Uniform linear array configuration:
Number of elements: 4
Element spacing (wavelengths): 1
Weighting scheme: cosine
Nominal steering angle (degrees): -15
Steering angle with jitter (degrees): -14.823
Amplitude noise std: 0.05
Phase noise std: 0.05

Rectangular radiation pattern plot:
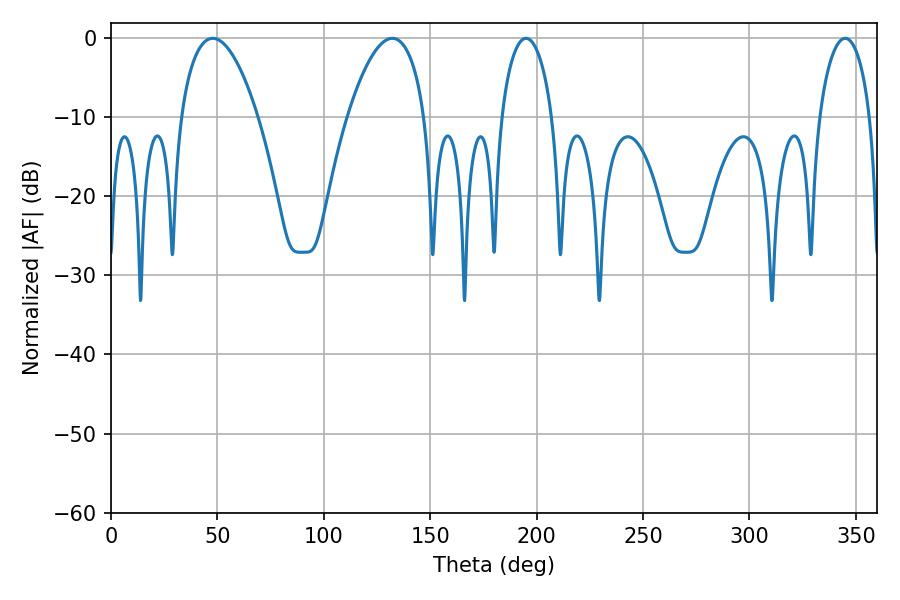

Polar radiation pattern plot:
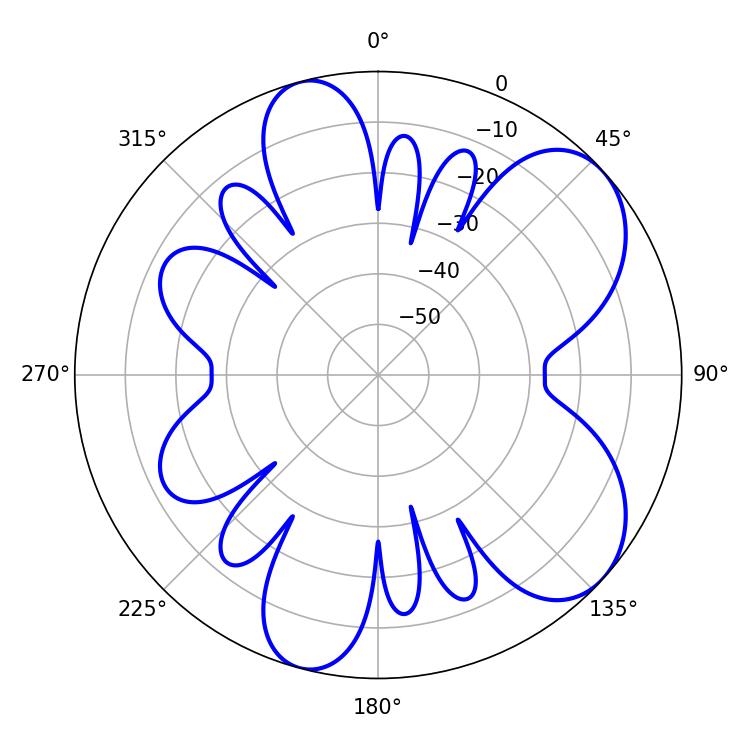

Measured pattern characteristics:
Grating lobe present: TRUE
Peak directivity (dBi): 6.985
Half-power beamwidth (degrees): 20.34
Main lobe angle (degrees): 47.88